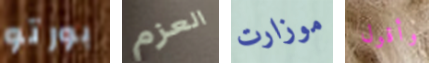
بورتو العزم موزارت وأقول